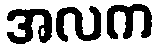
အလက